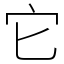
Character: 它